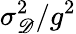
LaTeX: \sigma_{\mathscr D}^{2}/g^{2}